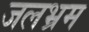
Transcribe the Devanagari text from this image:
जलभ्रम